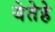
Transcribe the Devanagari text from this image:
येतेहे